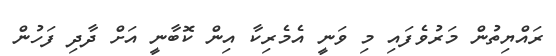
ރައްޔިތުން މަރުވެފައި މި ވަނީ އެމެރިކާ އިން ކޮބާނީ އަށް ދާދި ފަހުން